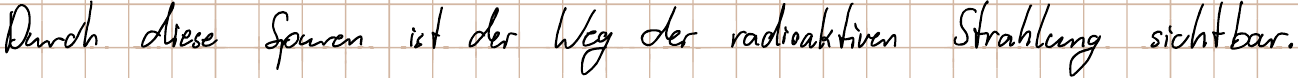
Durch diese Spuren ist der Weg der radioaktiven Strahlung sichtbar.